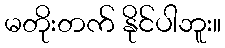
မတိုးတက် နိုင်ပါဘူး။